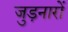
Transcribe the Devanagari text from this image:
जुड़नारों